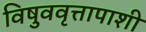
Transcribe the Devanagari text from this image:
विषुववृत्तापाशी